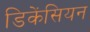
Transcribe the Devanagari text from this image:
डिकेंसियन